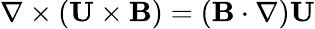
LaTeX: \nabla\times({\mathbf{U}}\times{\mathbf{B}})=({\mathbf{B}}\cdot\nabla){\mathbf{U}}